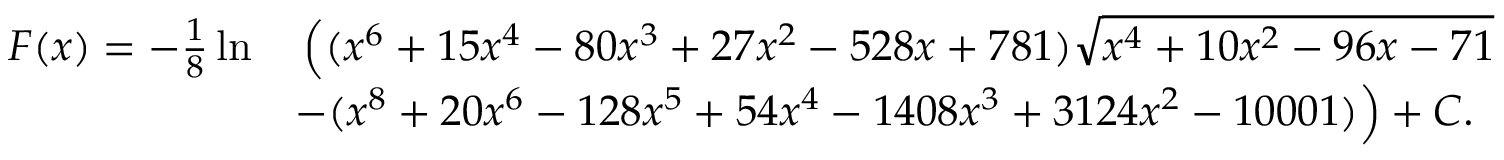
{ \begin{array} { r l } { F ( x ) = - { \frac { 1 } { 8 } } \ln } & { \, { \Big ( } ( x ^ { 6 } + 1 5 x ^ { 4 } - 8 0 x ^ { 3 } + 2 7 x ^ { 2 } - 5 2 8 x + 7 8 1 ) { \sqrt { x ^ { 4 } + 1 0 x ^ { 2 } - 9 6 x - 7 1 } } { \Big . } } \\ & { - { \Big . } ( x ^ { 8 } + 2 0 x ^ { 6 } - 1 2 8 x ^ { 5 } + 5 4 x ^ { 4 } - 1 4 0 8 x ^ { 3 } + 3 1 2 4 x ^ { 2 } - 1 0 0 0 1 ) { \Big ) } + C . } \end{array} }